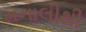
મનાલીથી